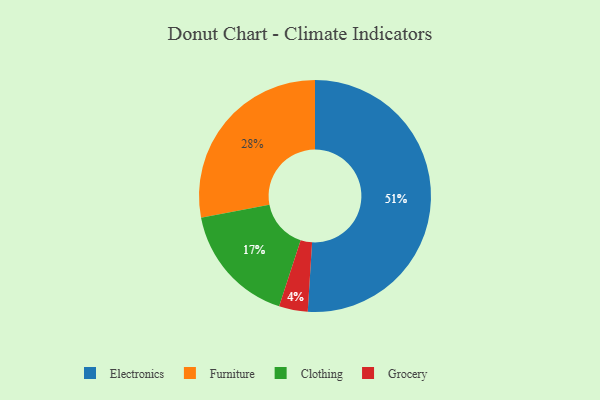
{"axis": {"x": "Category", "y": "Percentage"}, "legend": ["Clothing", "Electronics", "Furniture", "Grocery"], "data": [{"x": "Grocery", "y": 4, "type": "Grocery"}, {"x": "Furniture", "y": 28, "type": "Furniture"}, {"x": "Clothing", "y": 17, "type": "Clothing"}, {"x": "Electronics", "y": 51, "type": "Electronics"}]}